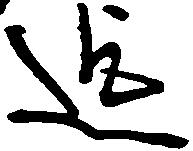
迄